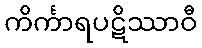
ကိင်္ကာရပဋိဿာဝီ